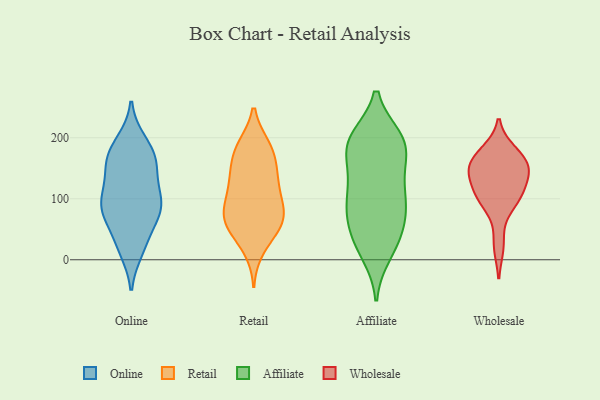
{"axis": {"x": "Active Users", "y": "Value"}, "legend": ["Affiliate", "Online", "Retail", "Wholesale"], "data": [{"x": "", "y": 155, "type": "Online"}, {"x": "", "y": 65, "type": "Online"}, {"x": "", "y": 78, "type": "Online"}, {"x": "", "y": 20, "type": "Online"}, {"x": "", "y": 168, "type": "Online"}, {"x": "", "y": 194, "type": "Online"}, {"x": "", "y": 118, "type": "Online"}, {"x": "", "y": 16, "type": "Online"}, {"x": "", "y": 31, "type": "Online"}, {"x": "", "y": 160, "type": "Online"}, {"x": "", "y": 83, "type": "Online"}, {"x": "", "y": 152, "type": "Online"}, {"x": "", "y": 166, "type": "Online"}, {"x": "", "y": 190, "type": "Online"}, {"x": "", "y": 76, "type": "Online"}, {"x": "", "y": 93, "type": "Online"}, {"x": "", "y": 112, "type": "Online"}, {"x": "", "y": 98, "type": "Online"}, {"x": "", "y": 88, "type": "Online"}, {"x": "", "y": 184, "type": "Retail"}, {"x": "", "y": 63, "type": "Retail"}, {"x": "", "y": 95, "type": "Retail"}, {"x": "", "y": 142, "type": "Retail"}, {"x": "", "y": 169, "type": "Retail"}, {"x": "", "y": 143, "type": "Retail"}, {"x": "", "y": 184, "type": "Retail"}, {"x": "", "y": 64, "type": "Retail"}, {"x": "", "y": 130, "type": "Retail"}, {"x": "", "y": 72, "type": "Retail"}, {"x": "", "y": 56, "type": "Retail"}, {"x": "", "y": 69, "type": "Retail"}, {"x": "", "y": 18, "type": "Retail"}, {"x": "", "y": 185, "type": "Retail"}, {"x": "", "y": 40, "type": "Retail"}, {"x": "", "y": 118, "type": "Retail"}, {"x": "", "y": 78, "type": "Retail"}, {"x": "", "y": 107, "type": "Retail"}, {"x": "", "y": 190, "type": "Affiliate"}, {"x": "", "y": 68, "type": "Affiliate"}, {"x": "", "y": 94, "type": "Affiliate"}, {"x": "", "y": 62, "type": "Affiliate"}, {"x": "", "y": 21, "type": "Affiliate"}, {"x": "", "y": 196, "type": "Affiliate"}, {"x": "", "y": 81, "type": "Affiliate"}, {"x": "", "y": 199, "type": "Affiliate"}, {"x": "", "y": 124, "type": "Affiliate"}, {"x": "", "y": 191, "type": "Affiliate"}, {"x": "", "y": 169, "type": "Affiliate"}, {"x": "", "y": 148, "type": "Affiliate"}, {"x": "", "y": 191, "type": "Affiliate"}, {"x": "", "y": 89, "type": "Affiliate"}, {"x": "", "y": 30, "type": "Affiliate"}, {"x": "", "y": 198, "type": "Affiliate"}, {"x": "", "y": 10, "type": "Affiliate"}, {"x": "", "y": 132, "type": "Affiliate"}, {"x": "", "y": 103, "type": "Affiliate"}, {"x": "", "y": 38, "type": "Affiliate"}, {"x": "", "y": 24, "type": "Wholesale"}, {"x": "", "y": 169, "type": "Wholesale"}, {"x": "", "y": 100, "type": "Wholesale"}, {"x": "", "y": 153, "type": "Wholesale"}, {"x": "", "y": 96, "type": "Wholesale"}, {"x": "", "y": 157, "type": "Wholesale"}, {"x": "", "y": 147, "type": "Wholesale"}, {"x": "", "y": 176, "type": "Wholesale"}, {"x": "", "y": 123, "type": "Wholesale"}, {"x": "", "y": 140, "type": "Wholesale"}, {"x": "", "y": 101, "type": "Wholesale"}]}